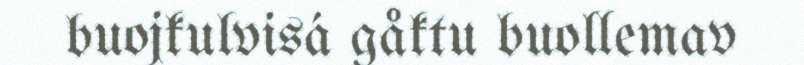
buojkulvisá gåktu buollemav